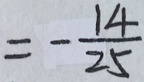
= - \frac { 1 4 } { 2 5 }